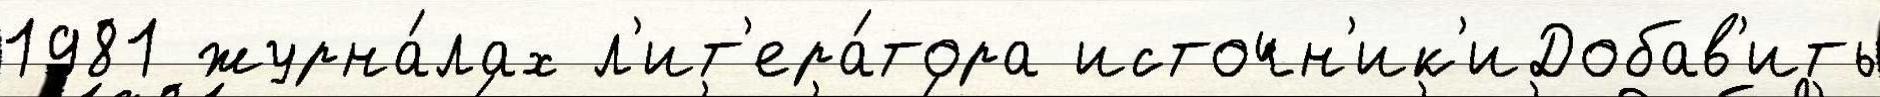
1981 журна́лах л'ит'ера́тора источн'ик'иДобав'ить